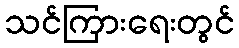
သင်ကြားရေးတွင်